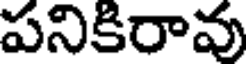
పనికిరావు